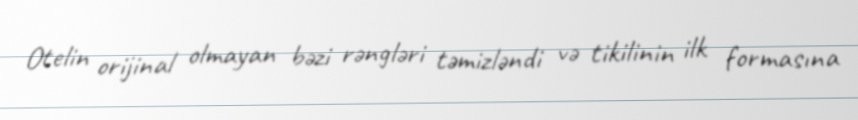
Otelin orijinal olmayan bəzi rəngləri təmizləndi və tikilinin ilk formasına